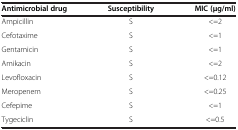
<table><thead><tr><td><b>Antimicrobial drug</b></td><td><b>Susceptibility</b></td><td><b>MIC (μg/ml)</b></td></tr></thead><tbody><tr><td>Ampicillin</td><td>S</td><td>&lt;=2</td></tr><tr><td>Cefotaxime</td><td>S</td><td>&lt;=1</td></tr><tr><td>Gentamicin</td><td>S</td><td>&lt;=1</td></tr><tr><td>Amikacin</td><td>S</td><td>&lt;=2</td></tr><tr><td>Levofloxacin</td><td>S</td><td>&lt;=0.12</td></tr><tr><td>Meropenem</td><td>S</td><td>&lt;=0.25</td></tr><tr><td>Cefepime</td><td>S</td><td>&lt;=1</td></tr><tr><td>Tygeciclin</td><td>S</td><td>&lt;=0.5</td></tr></tbody></table>